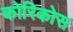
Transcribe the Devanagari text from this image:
कोरिकोस